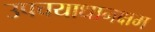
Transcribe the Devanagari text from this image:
उपचयाधानक्षम